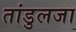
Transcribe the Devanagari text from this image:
तांडुलजा